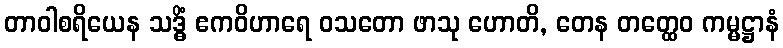
တာဝါစရိယေန သဒ္ဓိံ ဧကဝိဟာရေ ဝသတော ဖာသု ဟောတိ, တေန တတ္ထေဝ ကမ္မဋ္ဌာနံ